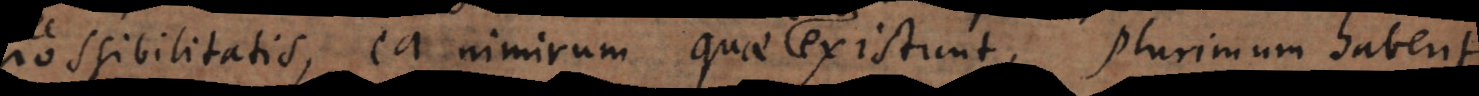
possibilitatis, ea nimirum quae existunt, plurimum habent